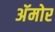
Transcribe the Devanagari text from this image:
अॅमोर